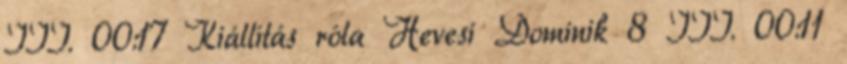
III. 00:17 Kiállítás róla Hevesi Dominik 8 III. 00:11